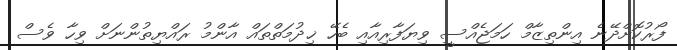
ފޯރުކޮށްދޭނެ އިންތިޒާމް ހަމަޖެއްސީ ވިޔަފާރިއާއި ބެހޭ ޚިދުމަތްތައް އާންމު ރައްޔިތުންނަށް ވިހާ ވެސް